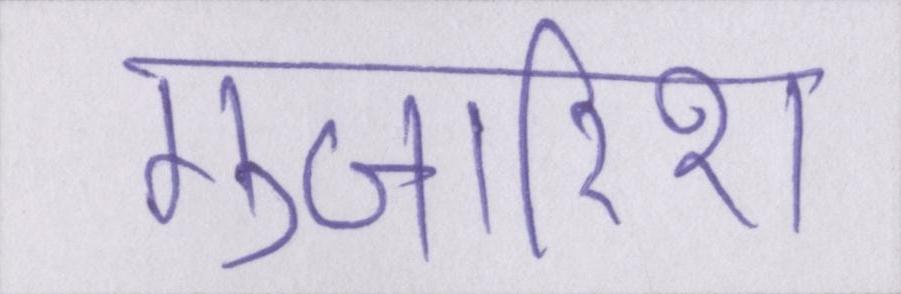
गुजारिश